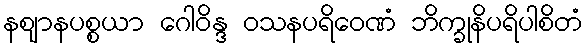
နဈာနပစ္စယာ ဂေါဝိန္ဒ ဝသနပရိဝေဏံ ဘိက္ခုနိပရိပါစိတံ